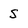
Character: S